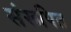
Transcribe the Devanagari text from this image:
संरूपित